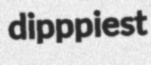
dipppiest